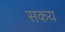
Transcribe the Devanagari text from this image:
सकय